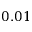
0 . 0 1